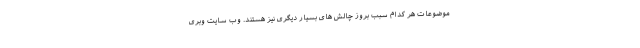
موضوعات هر کدام سبب بروز چالش های بسیار دیگری نیز هستند. وب سایت وبری